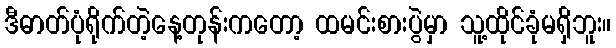
ဒီဓာတ်ပုံရိုက်တဲ့နေ့တုန်းကတော့ ထမင်းစားပွဲမှာ သူ့ထိုင်ခုံမရှိဘူး။